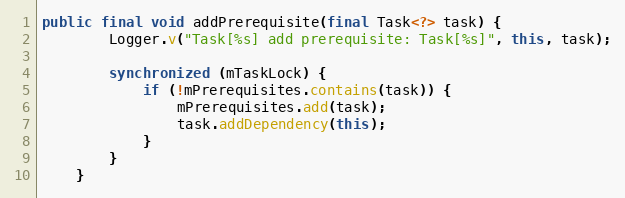
Language: Java
public final void addPrerequisite(final Task<?> task) {
        Logger.v("Task[%s] add prerequisite: Task[%s]", this, task);

        synchronized (mTaskLock) {
            if (!mPrerequisites.contains(task)) {
                mPrerequisites.add(task);
                task.addDependency(this);
            }
        }
    }